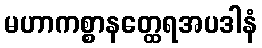
မဟာကစ္စာနတ္ထေရအပဒါနံ